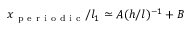
x _ { \mathrm { ~ p ~ e ~ r ~ i ~ o ~ d ~ i ~ c ~ } } / l _ { 1 } \simeq A ( h / l ) ^ { - 1 } + B